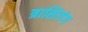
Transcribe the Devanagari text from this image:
त्राशिगंग